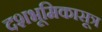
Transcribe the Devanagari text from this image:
दशभूमिकासूत्र